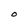
Character: O